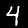
Label: 4